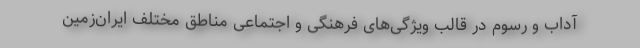
آداب‌ و رسوم در قالب ویژگی‌های فرهنگی و اجتماعی مناطق مختلف ایران‌زمین